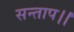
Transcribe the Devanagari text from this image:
सन्‍ताप।।